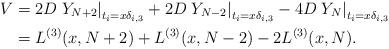
LaTeX: \begin{align*}V&= 2D\left. Y_{N+2} \right|_{t_i = x\delta_{i,3}} + 2D \left. Y_{N-2} \right|_{t_i = x\delta_{i,3}} - 4D \left. Y_{N} \right|_{t_i = x\delta_{i,3}} \\&= L^{(3)}(x,N+2) + L^{(3)}(x,N-2) - 2L^{(3)}(x,N).\end{align*}